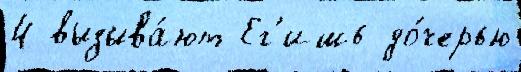
4 вызыва́ют Ег'ишь до́черью